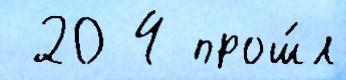
 20 4 прош́л